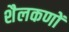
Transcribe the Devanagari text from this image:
शैलकणों